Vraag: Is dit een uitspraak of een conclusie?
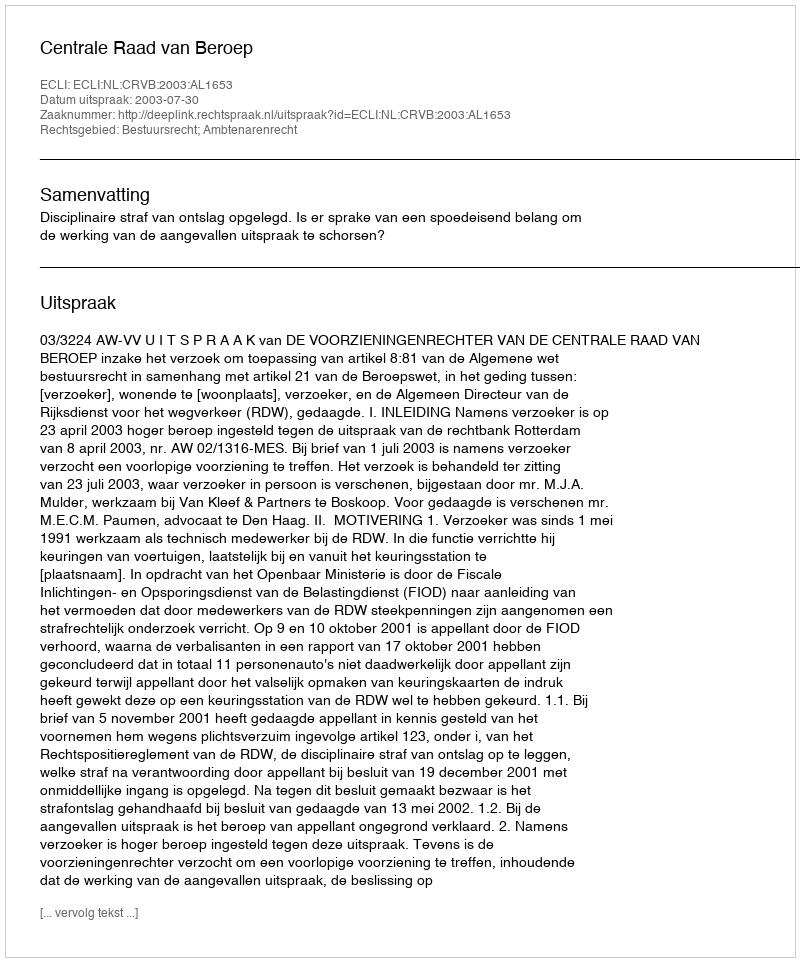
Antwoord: Uitspraak